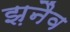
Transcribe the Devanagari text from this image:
झ़नैव